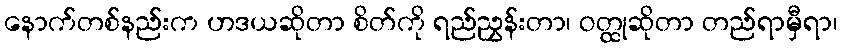
နောက်တစ်နည်းက ဟဒယဆိုတာ စိတ်ကို ရည်ညွှန်းတာ၊ ဝတ္ထုဆိုတာ တည်ရာမှီရာ၊